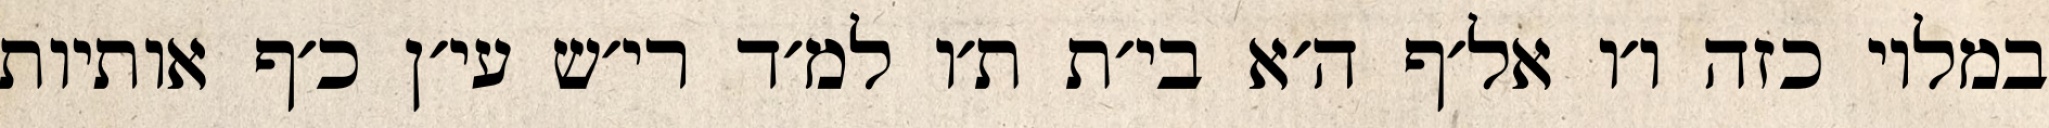
במלוי כזה ו׳ו אל׳ף ה׳א בי׳ת ת׳ו למ׳ד רי׳ש עי׳ן כ׳ף אותיות